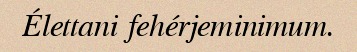
Élettani fehérjeminimum.